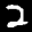
Label: 2